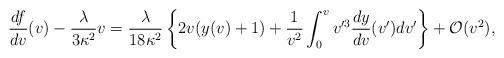
LaTeX: \begin{align*} \frac{df}{dv}(v)-\frac{\lambda}{3\kappa^2}v=\frac{\lambda}{18\kappa^2}\left\{2v(y(v)+1)+\frac{1}{v^2}\int_0^vv'^3\frac{dy}{dv}(v')dv'\right\}+\mathcal{O}(v^2),\end{align*}